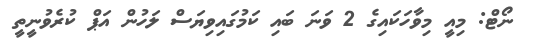
ނޯޓް: މިއީ މިވާހަކައިގެ 2 ވަނަ ބައި ކަމުގައިވިޔަސް ލަހުން އަޕް ކުރެވުނީތީ